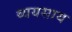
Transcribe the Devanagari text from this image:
व्ययसाय